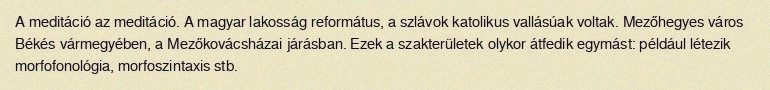
A meditáció az meditáció. A magyar lakosság református, a szlávok katolikus vallásúak voltak. Mezőhegyes város Békés vármegyében, a Mezőkovácsházai járásban. Ezek a szakterületek olykor átfedik egymást: például létezik morfofonológia, morfoszintaxis stb.